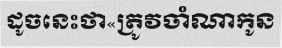
ដូចនេះថា«ត្រូវចាំណាកូន